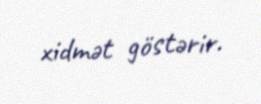
xidmət göstərir.